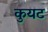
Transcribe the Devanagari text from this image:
कुयट